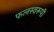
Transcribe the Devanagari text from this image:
फलस्वरूपी